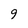
Character: 9